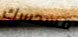
مسدسك